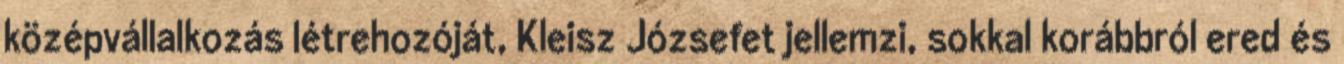
középvállalkozás létrehozóját, Kleisz Józsefet jellemzi, sokkal korábbról ered és